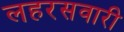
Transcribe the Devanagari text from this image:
लहरसवारी